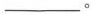
___。